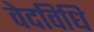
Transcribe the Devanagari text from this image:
वेदविधि